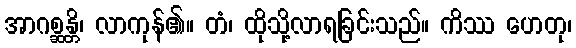
အာဂစ္ဆန္တိ၊ လာကုန်၏။ တံ၊ ထိုသို့လာရခြင်းသည်။ ကိဿ ဟေတု၊